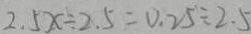
2 . 5 x \div 2 . 5 = 0 . 2 5 \div 2 . 5